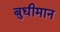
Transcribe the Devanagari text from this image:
बुधीमान